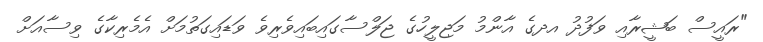
"ރައީސް ބަޝީރާއި ވަފުދު އދގެ އާންމު މަޖިލީހުގެ ޖަލްސާގައިބައިވެރިވެ ވަޑައިގަތުމަށް އެމެރިކާގެ ވިސާއަށް